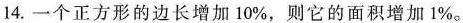
14. 一个正方形的边长增加 10%，则它的面积增加 1%。